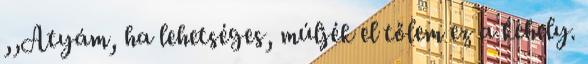
,,Atyám, ha lehetséges, múljék el tőlem ez a kehely.